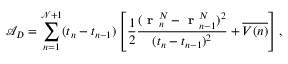
\mathcal { A } _ { D } = \sum _ { n = 1 } ^ { \mathcal { N } + 1 } ( t _ { n } - t _ { n - 1 } ) \left[ \frac { 1 } { 2 } \frac { ( \textbf { r } _ { n } ^ { N } - \textbf { r } _ { n - 1 } ^ { N } ) ^ { 2 } } { ( t _ { n } - t _ { n - 1 } ) ^ { 2 } } + \overline { { V ( n ) } } \right] ,